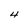
Character: 4